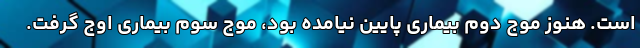
است. هنوز موج دوم بیماری پایین نیامده بود، موج سوم بیماری اوج گرفت.